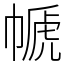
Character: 㡗